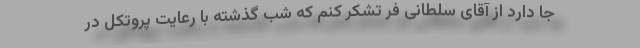
جا دارد از آقای سلطانی فر تشکر کنم که شب گذشته با رعایت پروتکل در